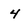
Character: 4